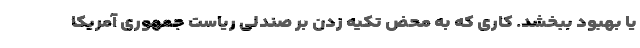
یا بهبود ببخشد. کاری که به محض تکیه زدن بر صندلی ریاست جمهوری آمریکا